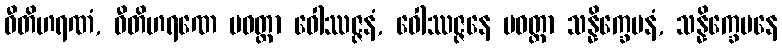
ဝီတိဟရဏံ, ဝီတိဟရဏေ ပဝတ္တာ ဝေါဿဇ္ဇနံ, ဝေါဿဇ္ဇနေ ပဝတ္တာ သန္နိက္ခေပနံ, သန္နိက္ခေပနေ